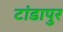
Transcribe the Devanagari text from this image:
टांडापुर